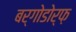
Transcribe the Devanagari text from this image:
बर्गोडोर्फ़